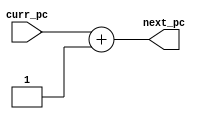
module pc_adder(curr_pc,next_pc);

input [15:0] curr_pc;
output [15:0] next_pc;

assign next_pc = curr_pc + 1;

endmodule